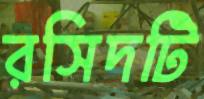
রসিদটি